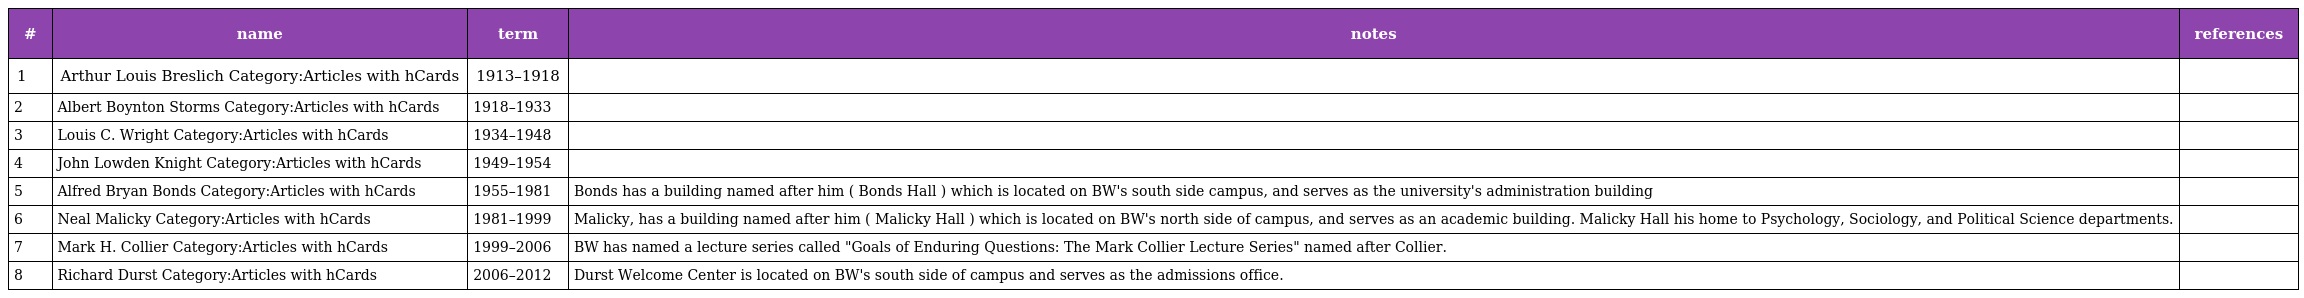
| # | name | term | notes | references |
 | --- | --- | --- | --- | --- |
 | 1 | Arthur Louis Breslich Category:Articles with hCards | 1913–1918 |  |  |
 | 2 | Albert Boynton Storms Category:Articles with hCards | 1918–1933 |  |  |
 | 3 | Louis C. Wright Category:Articles with hCards | 1934–1948 |  |  |
 | 4 | John Lowden Knight Category:Articles with hCards | 1949–1954 |  |  |
 | 5 | Alfred Bryan Bonds Category:Articles with hCards | 1955–1981 | Bonds has a building named after him ( Bonds Hall ) which is located on BW's south side campus, and serves as the university's administration building |  |
 | 6 | Neal Malicky Category:Articles with hCards | 1981–1999 | Malicky, has a building named after him ( Malicky Hall ) which is located on BW's north side of campus, and serves as an academic building. Malicky Hall his home to Psychology, Sociology, and Political Science departments. |  |
 | 7 | Mark H. Collier Category:Articles with hCards | 1999–2006 | BW has named a lecture series called "Goals of Enduring Questions: The Mark Collier Lecture Series" named after Collier. |  |
 | 8 | Richard Durst Category:Articles with hCards | 2006–2012 | Durst Welcome Center is located on BW's south side of campus and serves as the admissions office. |  |